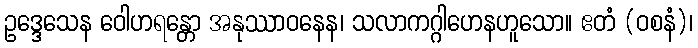
ဥဒ္ဒေသေန ဝေါဟရန္တော အနုဿာဝနေန၊ သလာကဂ္ဂါဟေနဟူသော။ ဧတံ (ဝစနံ)၊